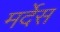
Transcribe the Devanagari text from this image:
मर्देस